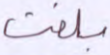
بلغت